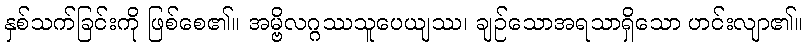
နှစ်သက်ခြင်းကို ဖြစ်စေ၏။ အမ္ဗိလဂ္ဂဿသူပေယျဿ၊ ချဉ်သောအရသာရှိသော ဟင်းလျာ၏။